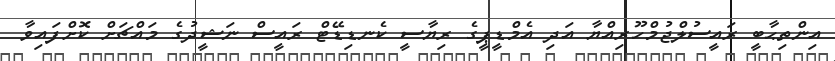
އިންތިޙާބީ ރައީސުލްޖުމްހޫރިއްޔާ އަދި އެމްޑީޕީގެ ރިޔާސީ ކެނޑިޑޭޓް ރައީސް ނަޝީދުގެ މައްޗަށް ކޮށްފައިވާ